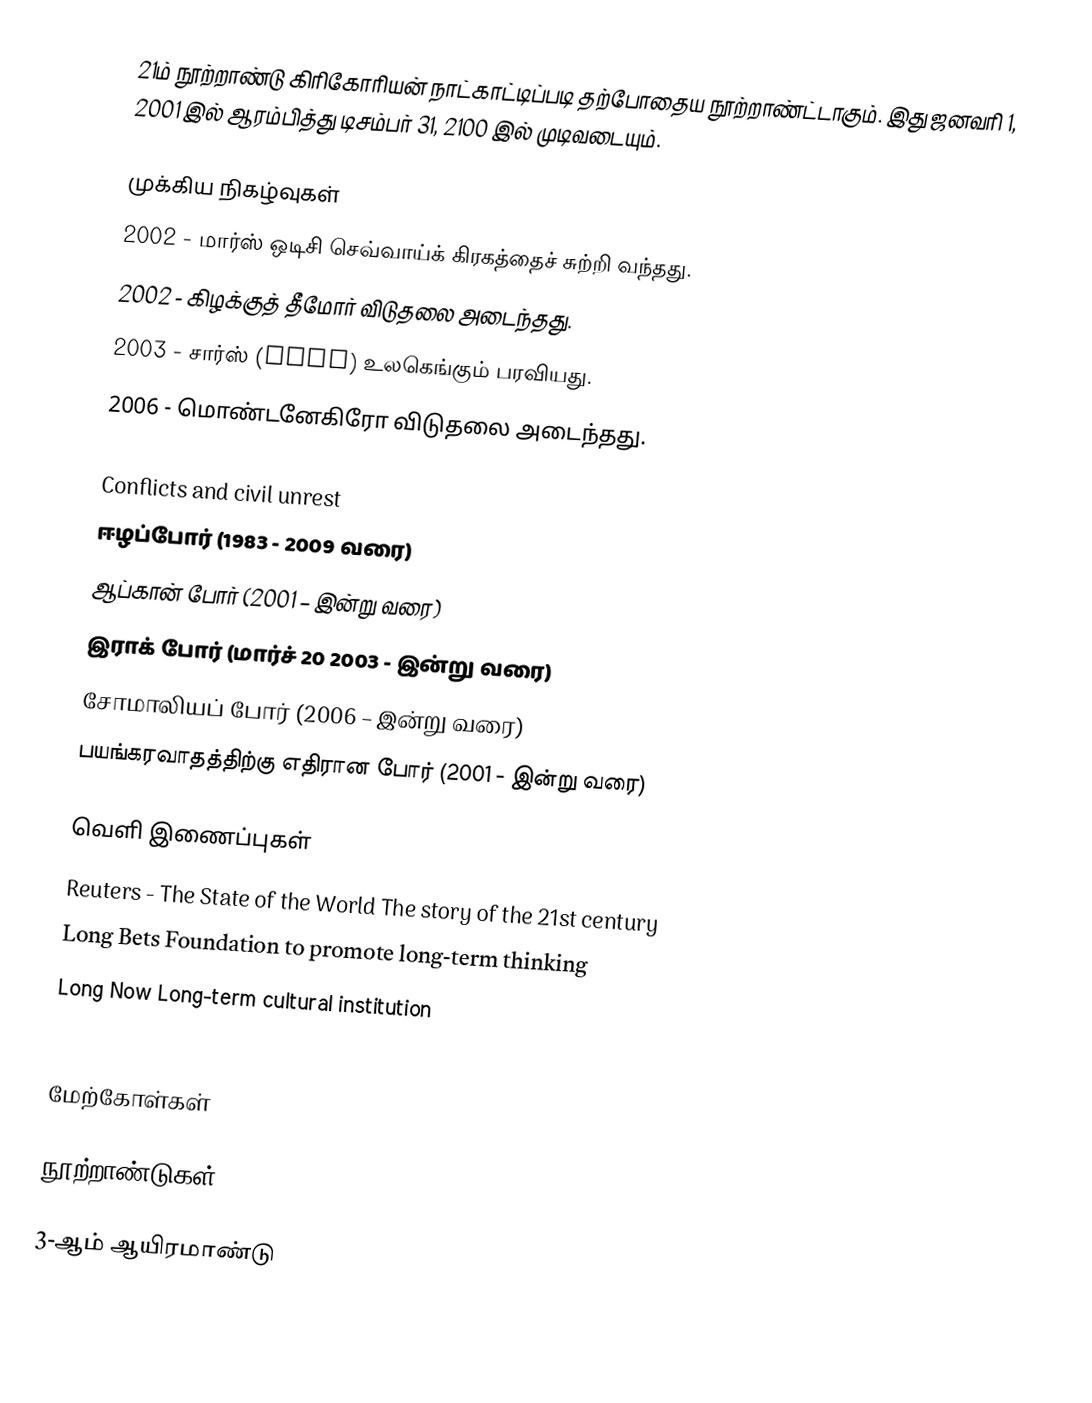
21ம் நூற்றாண்டு கிரிகோரியன் நாட்காட்டிப்படி தற்போதைய நூற்றாண்ட்டாகும். இது ஜனவரி 1, 2001 இல் ஆரம்பித்து டிசம்பர் 31, 2100 இல் முடிவடையும்.

முக்கிய நிகழ்வுகள்
 2002 - மார்ஸ் ஒடிசி செவ்வாய்க் கிரகத்தைச் சுற்றி வந்தது.
 2002 - கிழக்குத் தீமோர் விடுதலை அடைந்தது.
 2003 - சார்ஸ் (SARS) உலகெங்கும் பரவியது.
 2006 - மொண்டனேகிரோ விடுதலை அடைந்தது.

Conflicts and civil unrest
 ஈழப்போர் (1983 - 2009 வரை)
 ஆப்கான் போர் (2001 – இன்று வரை)
 இராக் போர் (மார்ச் 20 2003 - இன்று வரை)
 சோமாலியப் போர் (2006 – இன்று வரை)
 பயங்கரவாதத்திற்கு எதிரான போர் (2001 - இன்று வரை)

வெளி இணைப்புகள்
 Reuters - The State of the World  The story of the 21st century
 Long Bets Foundation to promote long-term thinking
 Long Now Long-term cultural institution
 Scientific American Magazine (September 2005 Issue) The Climax of Humanity

மேற்கோள்கள்

நூற்றாண்டுகள்

3-ஆம் ஆயிரமாண்டு